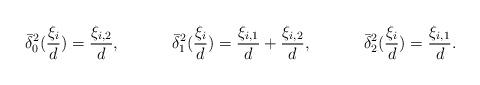
LaTeX: \begin{align*}&\bar\delta^2_0(\frac{\xi_i}{d})=\frac{\xi_{i,2}}{d},&\bar\delta^2_{1}(\frac{\xi_i}{d})&=\frac{\xi_{i,1}}{d}+\frac{\xi_{i,2}}{d},&\bar\delta^2_{2}(\frac{\xi_i}{d})&=\frac{\xi_{i,1}}{d}.\end{align*}